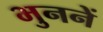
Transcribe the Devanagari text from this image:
भुननें